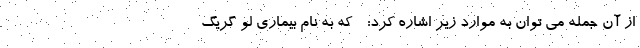
از آن جمله می توان به موارد زیر اشاره کرد: - که به نام بیماری لو گریگ